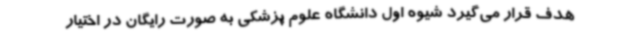
هدف قرار می‌گیرد شیوه اول دانشگاه علوم پزشکی به صورت رایگان در اختیار